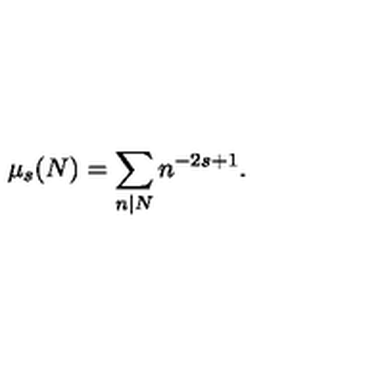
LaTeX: \mu _ { s } ( N ) = \sum _ { n | N } n ^ { - 2 s + 1 } .